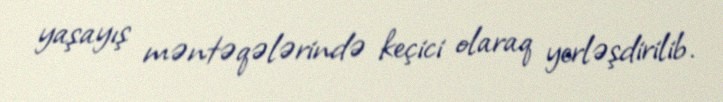
yaşayış məntəqələrində keçici olaraq yerləşdirilib.